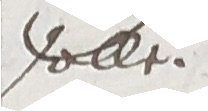
solle.